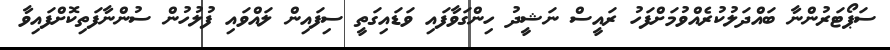
ސަޕޯޓަރުންނާ ބައްދަލުކުރެއްވުމަށްފަހު ރައީސް ނަޝީދު ހިންގަވާފައި ވަޑައިގަތީ ސިފައިން ލައްވައި ފުލުހުން ސުންނާފަތިކޮށްފައިވާ